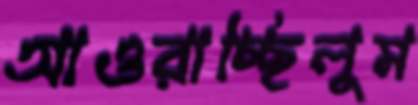
আওরাচ্ছিলুম